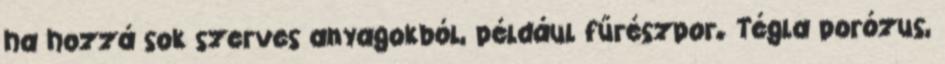
ha hozzá sok szerves anyagokból, például fűrészpor. Tégla porózus,